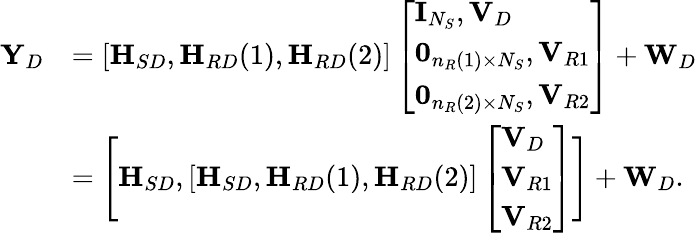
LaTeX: \begin{array}{rl}{{\mathbf Y}_{D}}&{=[{\textbf H}_{SD},{\textbf H}_{RD}(1),{\textbf H}_{RD}(2)]\left[\begin{array}{l}{{\mathbf I}_{N_{S}},{\mathbf V}_{D}}\\ {\mathbf{0}_{n_{R}(1)\times N_{S}},{\mathbf V}_{R1}}\\ {\mathbf{0}_{n_{R}(2)\times N_{S}},{\mathbf V}_{R2}}\end{array}\right]+{\mathbf W}_{D}}\\ &{=\Bigg[{\textbf H}_{SD},[{\textbf H}_{SD},{\textbf H}_{RD}(1),{\textbf H}_{RD}(2)]\left[\begin{array}{l}{{\mathbf V}_{D}}\\ {{\mathbf V}_{R1}}\\ {{\mathbf V}_{R2}}\end{array}\right]\Bigg]+{\mathbf W}_{D}.}\end{array}